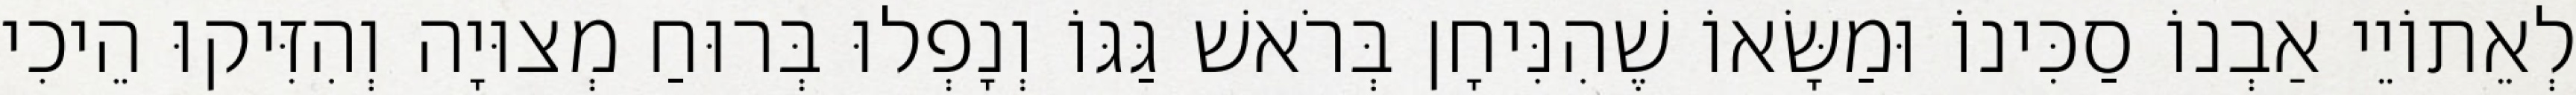
לְאֵתוֹיֵי אַבְנוֹ סַכִּינוֹ וּמַשָּׂאוֹ שֶׁהִנִּיחָן בְּרֹאשׁ גַּגּוֹ וְנָפְלוּ בְּרוּחַ מְצוּיָה וְהִזִּיקוּ הֵיכִי